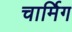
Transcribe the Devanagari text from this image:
चार्मिग